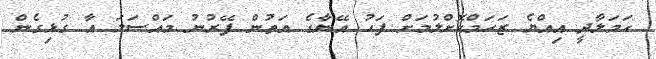
ހަމަލާދީ އިއްޔެ ޒަހަމްކޮށްލުމަށް ފަހު އޭނާގެ އަތުން ފޭރުނު މައްސަލަ އާ ގުޅިގެން